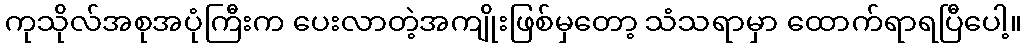
ကုသိုလ်အစုအပုံကြီးက ပေးလာတဲ့အကျိုးဖြစ်မှတော့ သံသရာမှာ ထောက်ရာရပြီပေါ့။